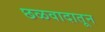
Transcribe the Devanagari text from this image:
छळवादातून